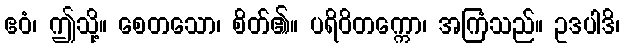
ဧဝံ၊ ဤသို့။ စေတသော၊ စိတ်၏။ ပရိဝိတက္ကော၊ အကြံသည်။ ဥဒပါဒိ၊